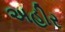
અહીર